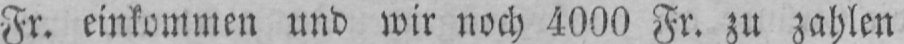
Fr. einkommen und wir noch 4000 Fr. zu zahlen